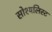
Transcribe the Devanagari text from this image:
सोश्यलिस्ट